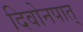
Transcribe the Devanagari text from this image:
दिवोनपात्